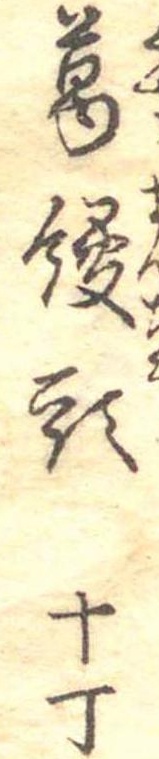
葛饅頭十丁